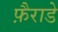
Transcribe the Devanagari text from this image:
फ़ैराडे